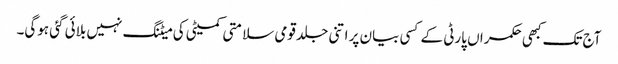
آج تک کبھی حکمراں پارٹی کے کسی بیان پر اتنی جلد قومی سلامتی کمیٹی کی میٹنگ نہیں بلائی گئی ہوگی۔